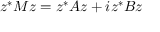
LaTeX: z ^ { * } M z = z ^ { * } A z + i z ^ { * } B z